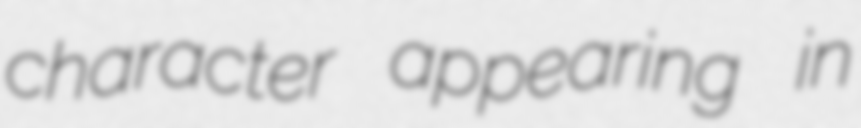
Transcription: character appearing in